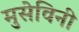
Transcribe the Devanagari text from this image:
मुसेविनी